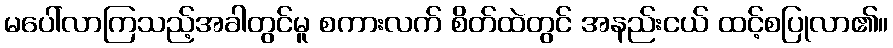
မပေါ်လာကြသည့်အခါတွင်မူ စကားလက် စိတ်ထဲတွင် အနည်းငယ် ထင့်စပြုလာ၏။